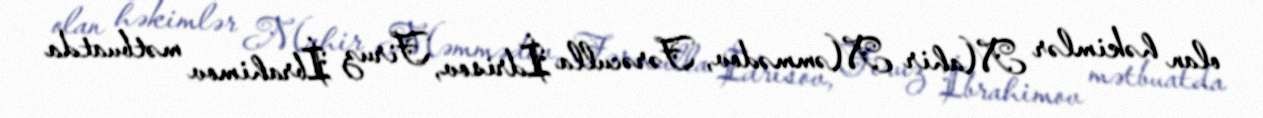
olan həkimlər Mahir Məmmədov, Fərəculla İdrisov, Firuz İbrahimov mətbuatda